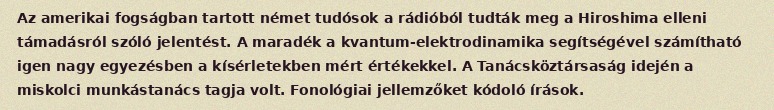
Az amerikai fogságban tartott német tudósok a rádióból tudták meg a Hiroshima elleni támadásról szóló jelentést. A maradék a kvantum-elektrodinamika segítségével számítható igen nagy egyezésben a kísérletekben mért értékekkel. A Tanácsköztársaság idején a miskolci munkástanács tagja volt. Fonológiai jellemzőket kódoló írások.